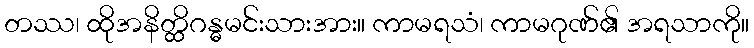
တဿ၊ ထိုအနိတ္ထိဂန္ဓမင်းသားအား။ ကာမရသံ၊ ကာမဂုဏ်၏ အရသာကို။